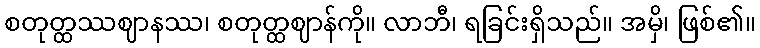
စတုတ္ထဿဈာနဿ၊ စတုတ္ထဈာန်ကို။ လာဘီ၊ ရခြင်းရှိသည်။ အမှိ၊ ဖြစ်၏။